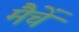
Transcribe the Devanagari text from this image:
मैचें